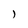
Character: l